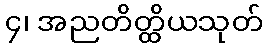
၄၊ အညတိတ္ထိယသုတ်